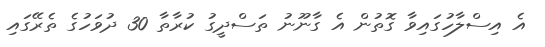
އެ އިސްލާހުގައިވާ ގޮތުން އެ ގާނޫނު ތަސްދީގު ކުރާތާ 30 ދުވަހުގެ ތެރޭގައި